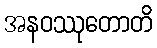
အနဝဿုတောတိ